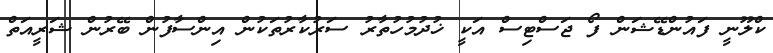
ކްލޫނީ ފައުންޑޭޝަން ފޯ ޖަސްޓިސް އަކީ ޚުދުމުހުތާރު ސަރުކާރުތަކުން އިންސާފުން ބޭރުން ޝަރީއަތް